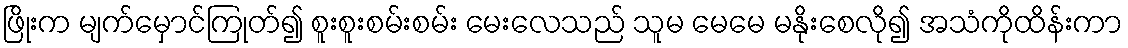
ဖြိုးက မျက်မှောင်ကြုတ်၍ စူးစူးစမ်းစမ်း မေးလေသည် သူမ မေမေ မနိုးစေလို၍ အသံကိုထိန်းကာ